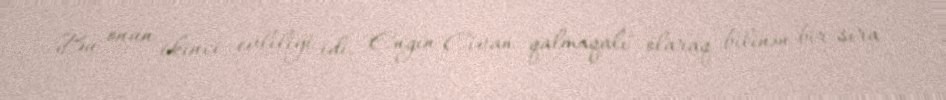
Bu onun ikinci evliliyi idi. "Engin Civan qalmaqalı" olaraq bilinən bir sıra